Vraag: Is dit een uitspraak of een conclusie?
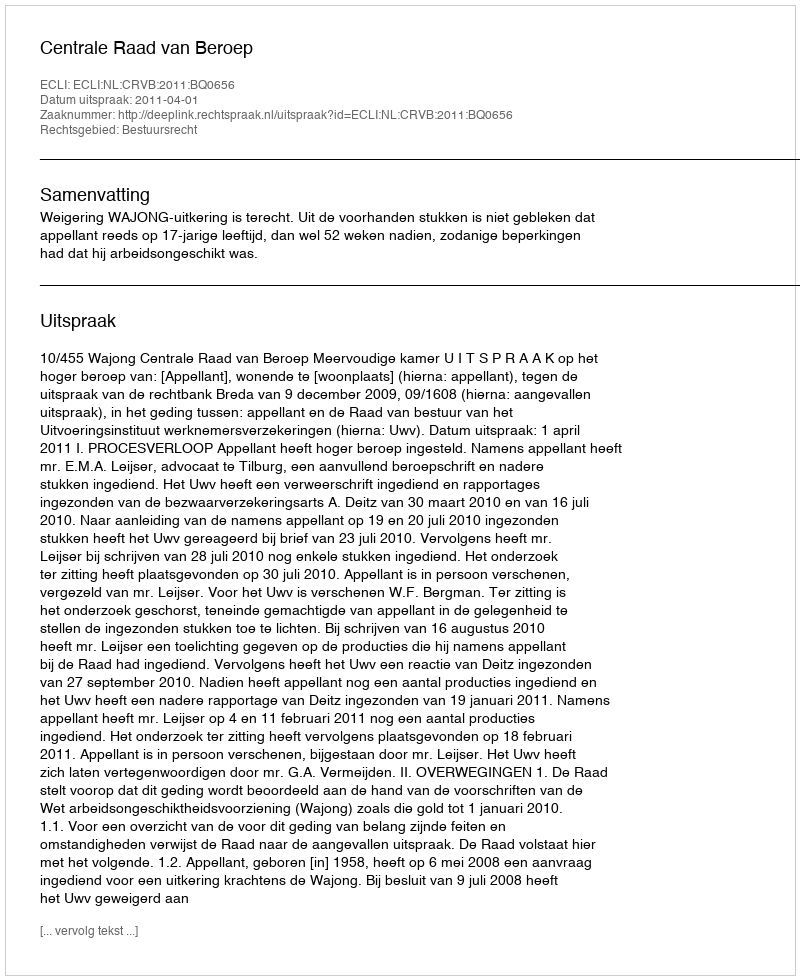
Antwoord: Uitspraak